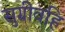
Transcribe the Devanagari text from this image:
सुग्रीवहि